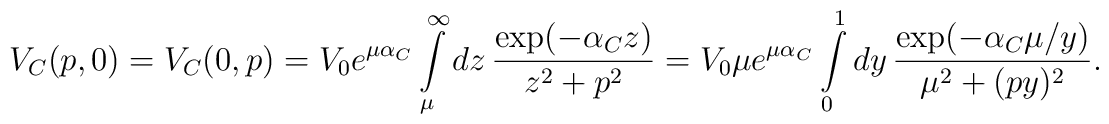
V_C(p,0) = V_C(0,p) =  V_0 e^{\mu \alpha_C}\int\limits_\mu^\infty dz\,\frac{\exp (-\alpha _C z)}{z^2+p^2} =V_0\mu e^{\mu \alpha_C}\int\limits_0^1dy\,\frac{\exp (-\alpha _C\mu /y)}{\mu ^2+(p y)^2}.